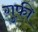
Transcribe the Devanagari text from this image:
गुफी